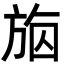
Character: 𣃴